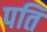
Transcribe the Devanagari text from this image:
पति